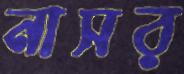
নাসর